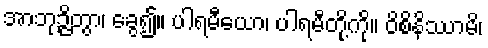
အာဘုဉ္ဇိတွာ၊ ခွေ၍။ ပါရမီယော၊ ပါရမီတို့ကို။ ဝိစိနိဿာမိ၊